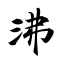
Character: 沸